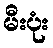
မီးပုံး